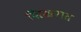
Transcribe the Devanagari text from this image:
शिखरात